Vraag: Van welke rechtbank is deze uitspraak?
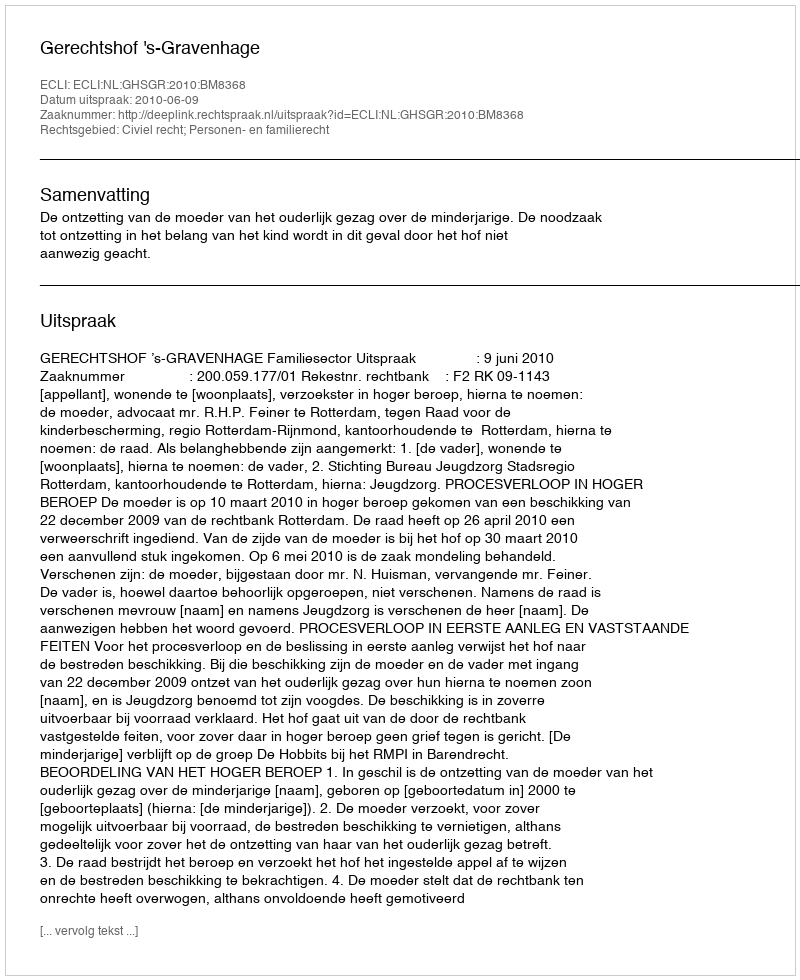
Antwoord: Gerechtshof 's-Gravenhage